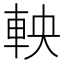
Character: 軮